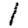
Digit: 1